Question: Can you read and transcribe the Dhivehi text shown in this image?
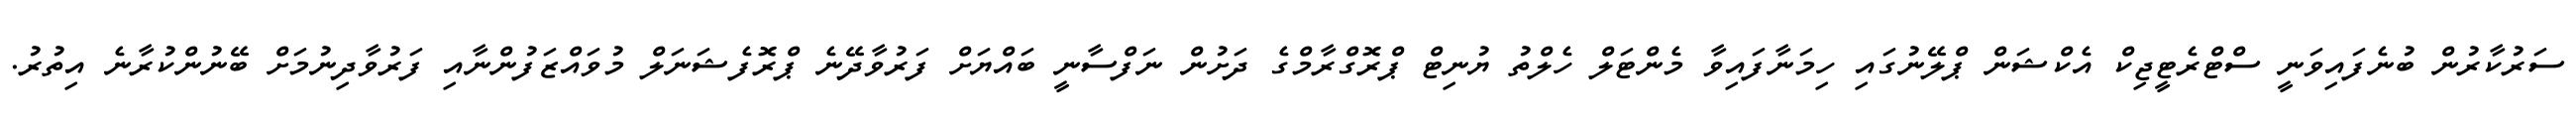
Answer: ސަރުކާރުން ބުނެފައިވަނީ ސްޓްރެޓީޖިކް އެކްޝަން ޕްލޭނުގައި ހިމަނާފައިވާ މެންޓަލް ހެލްތު ޔުނިޓް ޕްރޮގްރާމްގެ ދަށުން ނަފްސާނީ ބައްޔަށް ފަރުވާދޭނެ ޕްރޮފެޝަނަލް މުވައްޒަފުންނާއި ފަރުވާދިނުމަށް ބޭނުންކުރާނެ އިތުރު.